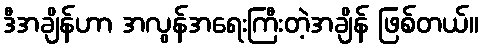
ဒီအချိန်ဟာ အလွန်အရေးကြီးတဲ့အချိန် ဖြစ်တယ်။